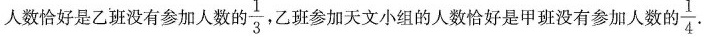
人数恰好是乙班没有参加人数的 \frac{1}{3},乙参加天文小组的人数恰好是甲班没有参加人数的 \frac{1}{4}.